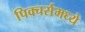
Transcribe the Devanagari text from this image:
पिक्चर्समध्ये